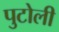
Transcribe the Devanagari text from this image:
पुटोली